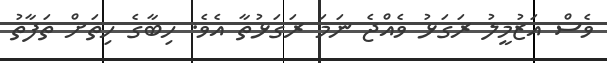
ވެސް އަޒުމީލު ރަގަޅު ވެއްޖެ ނަމަ ރަގަޅުތާ އެވެ. ހިބާގެ ހިތަށް ތަފާތު